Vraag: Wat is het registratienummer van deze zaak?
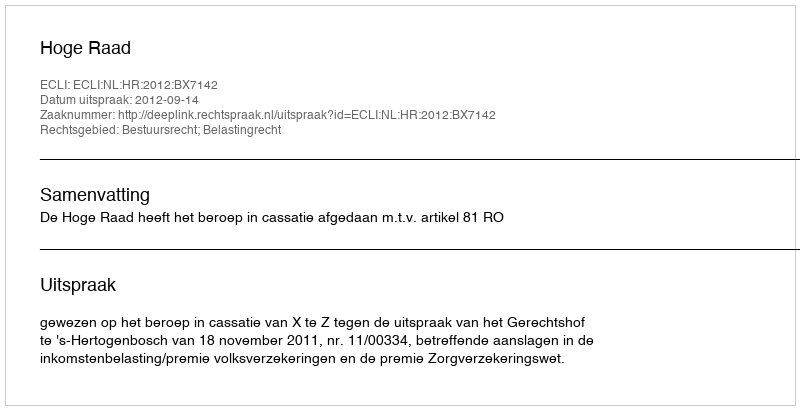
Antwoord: http://deeplink.rechtspraak.nl/uitspraak?id=ECLI:NL:HR:2012:BX7142